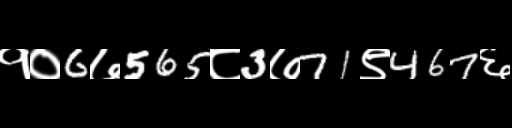
Text: १०6७565८3७71९467६